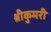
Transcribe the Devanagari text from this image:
श्रीकुमरी